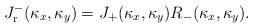
LaTeX: \begin{align*} J_{\text r}^-(\kappa_x,\kappa_y) = J_+(\kappa_x,\kappa_y) R_-(\kappa_x,\kappa_y).\end{align*}